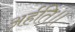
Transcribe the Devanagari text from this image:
अर्हति॥